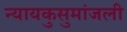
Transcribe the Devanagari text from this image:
न्यायकुसुमांजली